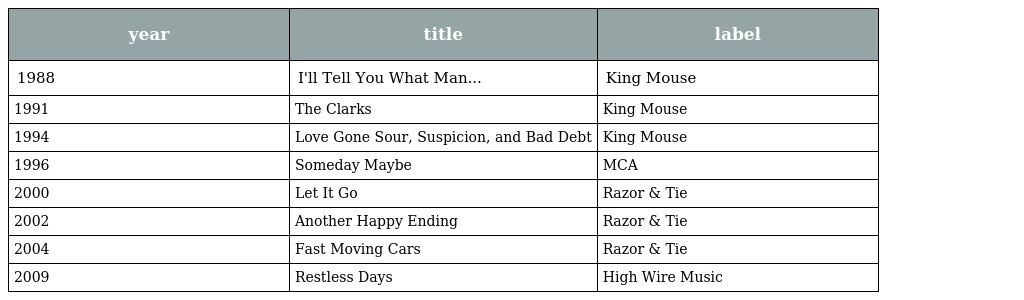
| year | title | label |
 | --- | --- | --- |
 | 1988 | I'll Tell You What Man... | King Mouse |
 | 1991 | The Clarks | King Mouse |
 | 1994 | Love Gone Sour, Suspicion, and Bad Debt | King Mouse |
 | 1996 | Someday Maybe | MCA |
 | 2000 | Let It Go | Razor & Tie |
 | 2002 | Another Happy Ending | Razor & Tie |
 | 2004 | Fast Moving Cars | Razor & Tie |
 | 2009 | Restless Days | High Wire Music |